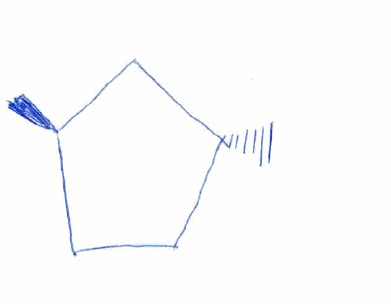
Simplified molecular-input line-entry system (SMILES) notation of the given molecule:
C[C@@H]1CC[C@H](C1)C